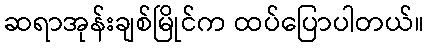
ဆရာအုန်းချစ်မြိုင်က ထပ်ပြောပါတယ်။